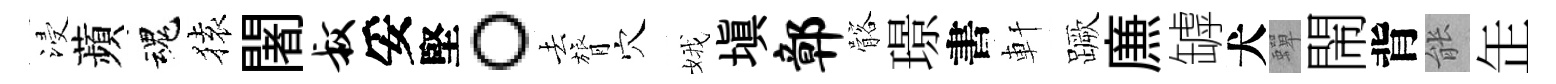
浸蘋魂𫞤闍叔妥堅。去膂穴娥填鄣髂璟書軒蹶㢘罅犬蟬閙背䏻𦈢